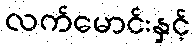
လက်မောင်းနှင့်